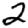
Digit: 2